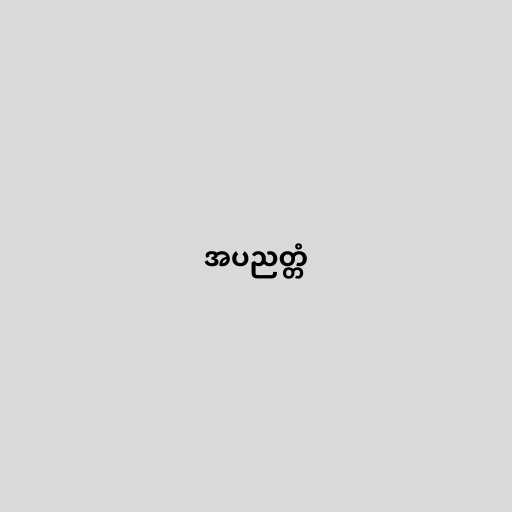
အပညတ္တံ